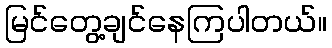
မြင်တွေ့ချင်နေကြပါတယ်။